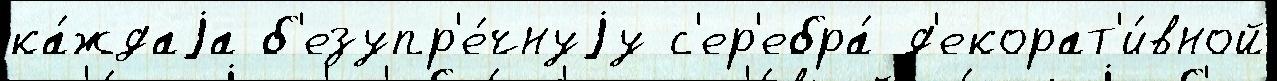
ка́ждаjа б'езупр'е́чнуjу с'ер'ебра́ д'екорат'и́вной